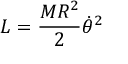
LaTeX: L = { \frac { M R ^ { 2 } } { 2 } } { \dot { \theta } } ^ { 2 }